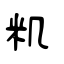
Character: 籶